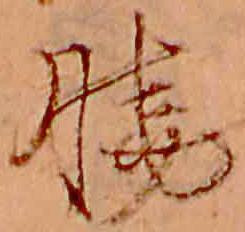
暁